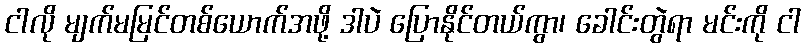
ငါလို မျက်မမြင်တစ်ယောက်အဖို့ ဒါပဲ ပြောနိုင်တယ်ကွာ၊ ခေါင်းတွဲရာ မင်းကို ငါ